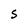
Character: S